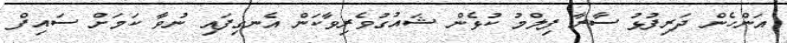
އަންހެން ދަރިފުޅު ސާރާ ފިލްމު ކުޅެން ޝައުގުވެރިވާކަން އެނގިފައި ނުވާ ކަމަށް ސައިފް